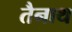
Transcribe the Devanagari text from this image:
तैनाथ